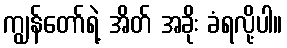
ကျွန်တော်ရဲ့ အိတ် အခိုး ခံရလို့ပါ။